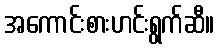
အကောင်းစားဟင်းရွက်ဆီ။